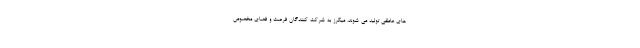
های عاطفی تولید می شوند، میکرز به شرکت کنندگان فرصت و فضای مخصوص